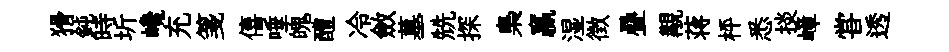
猾鈍時圻巉充箋僖唾魄醴冷斂墓兟探梟贏湿徴疊覯蒋枰悉掞嶂甞透